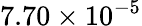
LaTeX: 7.70\times 10^{-5}